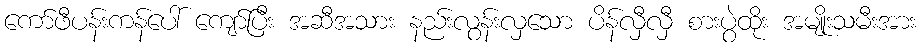
ကော်ဖီပန်းကန်ပေါ် ကျော်ပြီး အဆီအသား နည်းလွန်းလှသော ပိန်လှီလှီ စားပွဲထိုး အမျိုးသမီးအား